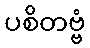
ပစိတဗ္ဗံ